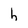
Character: h